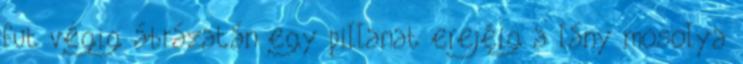
fut végig ábrázatán egy pillanat erejéig a lány mosolya